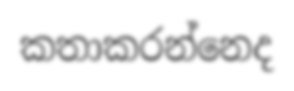
කතාකරන්නෙද